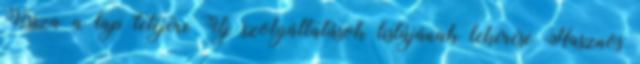
Vissza a lap tetejére Új szolgáltatások listájának lekérése Hasznos